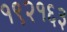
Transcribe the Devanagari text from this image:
१९२१६३